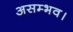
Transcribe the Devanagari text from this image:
असम्भव।